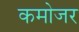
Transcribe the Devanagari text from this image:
कमोजर